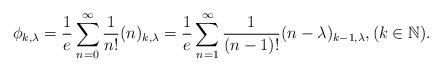
LaTeX: \begin{align*}\phi_{k,\lambda}=\frac{1}{e}\sum_{n=0}^{\infty}\frac{1}{n!}(n)_{k,\lambda}=\frac{1}{e}\sum_{n=1}^{\infty}\frac{1}{(n-1)!}(n-\lambda)_{k-1,\lambda},(k\in\mathbb{N}).\end{align*}